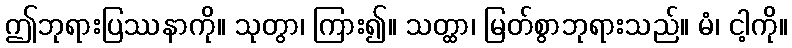
ဤဘုရားပြဿနာကို။ သုတွာ၊ ကြား၍။ သတ္ထာ၊ မြတ်စွာဘုရားသည်။ မံ၊ ငါ့ကို။